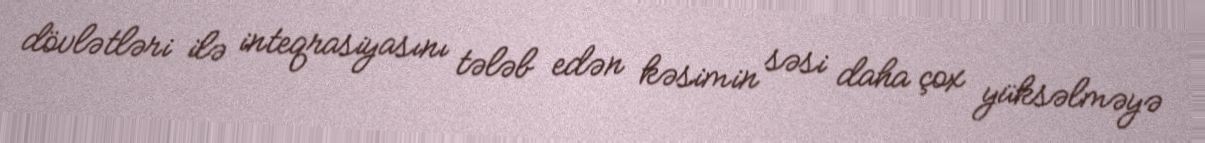
dövlətləri ilə inteqrasiyasını tələb edən kəsimin səsi daha çox yüksəlməyə